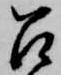
召